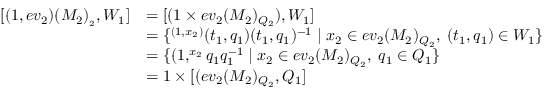
\begin{array} { r l } { [ ( 1 , e v _ { 2 } ) ( M _ { 2 } ) _ { _ 2 } , W _ { 1 } ] } & { = [ ( 1 \times e v _ { 2 } ( M _ { 2 } ) _ { Q _ { 2 } } ) , W _ { 1 } ] } \\ & { = \{ ^ { ( 1 , x _ { 2 } ) } ( t _ { 1 } , q _ { 1 } ) ( t _ { 1 } , q _ { 1 } ) ^ { - 1 } \mid x _ { 2 } \in e v _ { 2 } ( M _ { 2 } ) _ { Q _ { 2 } } , \; ( t _ { 1 } , q _ { 1 } ) \in W _ { 1 } \} } \\ & { = \{ ( 1 , ^ { x _ { 2 } } q _ { 1 } q _ { 1 } ^ { - 1 } \mid x _ { 2 } \in e v _ { 2 } ( M _ { 2 } ) _ { Q _ { 2 } } , \; q _ { 1 } \in Q _ { 1 } \} } \\ & { = 1 \times [ ( e v _ { 2 } ( M _ { 2 } ) _ { Q _ { 2 } } , Q _ { 1 } ] } \end{array}